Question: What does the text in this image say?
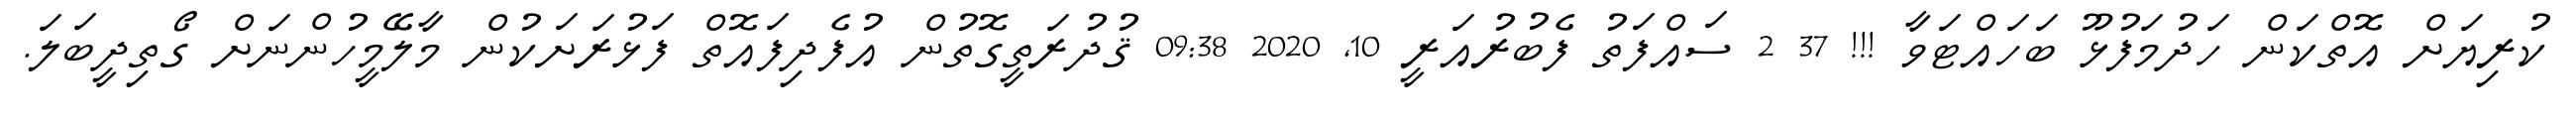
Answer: ކުރިޔަށް އޮތްކަން ހަދުމަފުޅޫ ބަހައްޓަވާ !!! 37 2 ސައްފަތު ފެބުރުއަރީ 10, 2020 09:38 ޤުދުރަތީގޮތުން އުފެދިފައޮތް ފަޅުރަށަކުން މާލޭމީހުންނަށް ގޯތިދީބަލަ.